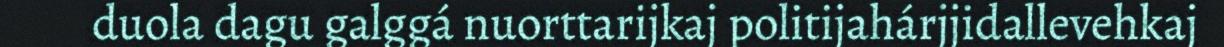
duola dagu galggá nuorttarijkaj politijahárjjidallevehkaj